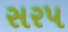
સરપ